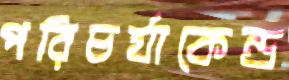
পরিচর্যাকেন্দ্র